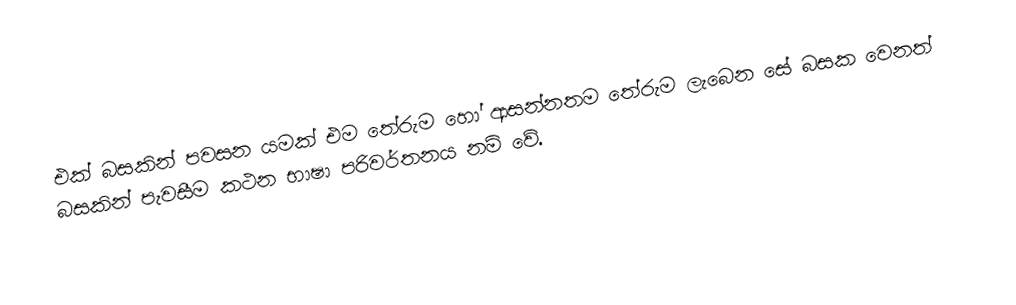
එක් බසකින් පවසන යමක් එම තේරුම හෝ ආසන්නතම තේරුම ලැබෙන සේ බසක වෙනත් බසකින් පැවසීම කථන භාෂා පරිවර්තනය නම් වේ.